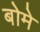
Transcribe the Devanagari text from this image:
बोमे